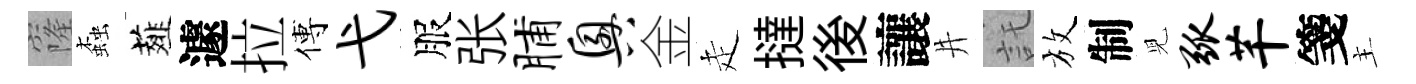
窿螙薤遽拉傅弋服张脯兴金走撻後讓井託放制児弧芊箋主